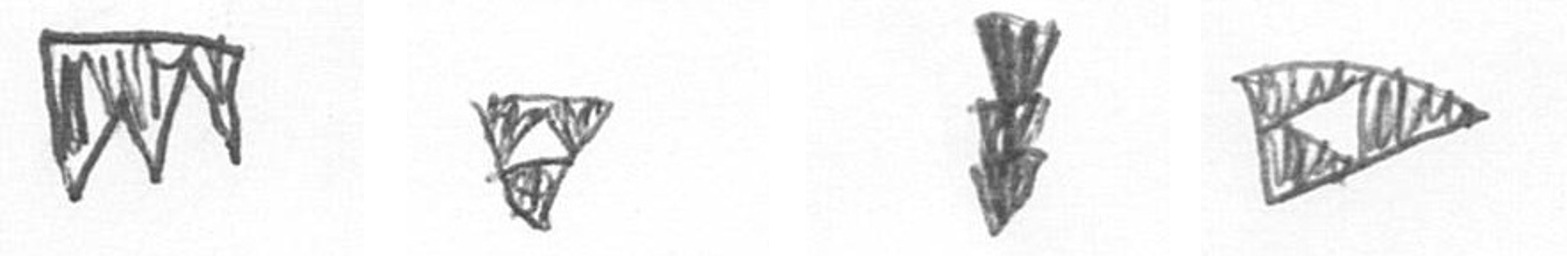
L S E K